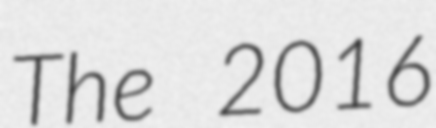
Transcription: The 2016